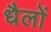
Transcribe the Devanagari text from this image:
धैलों